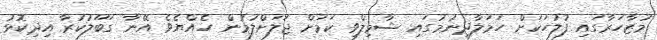
މުޒާހަރާގައި ފުލުހަކަށް ހަމަލާދިނުމުގައި ޝާމިލްވި ކަމަށް ޖަލަށްލުމުން ހެއްޔެވެ އޭނާ ގަބޫލުކުރާ އިދިކޮޅު